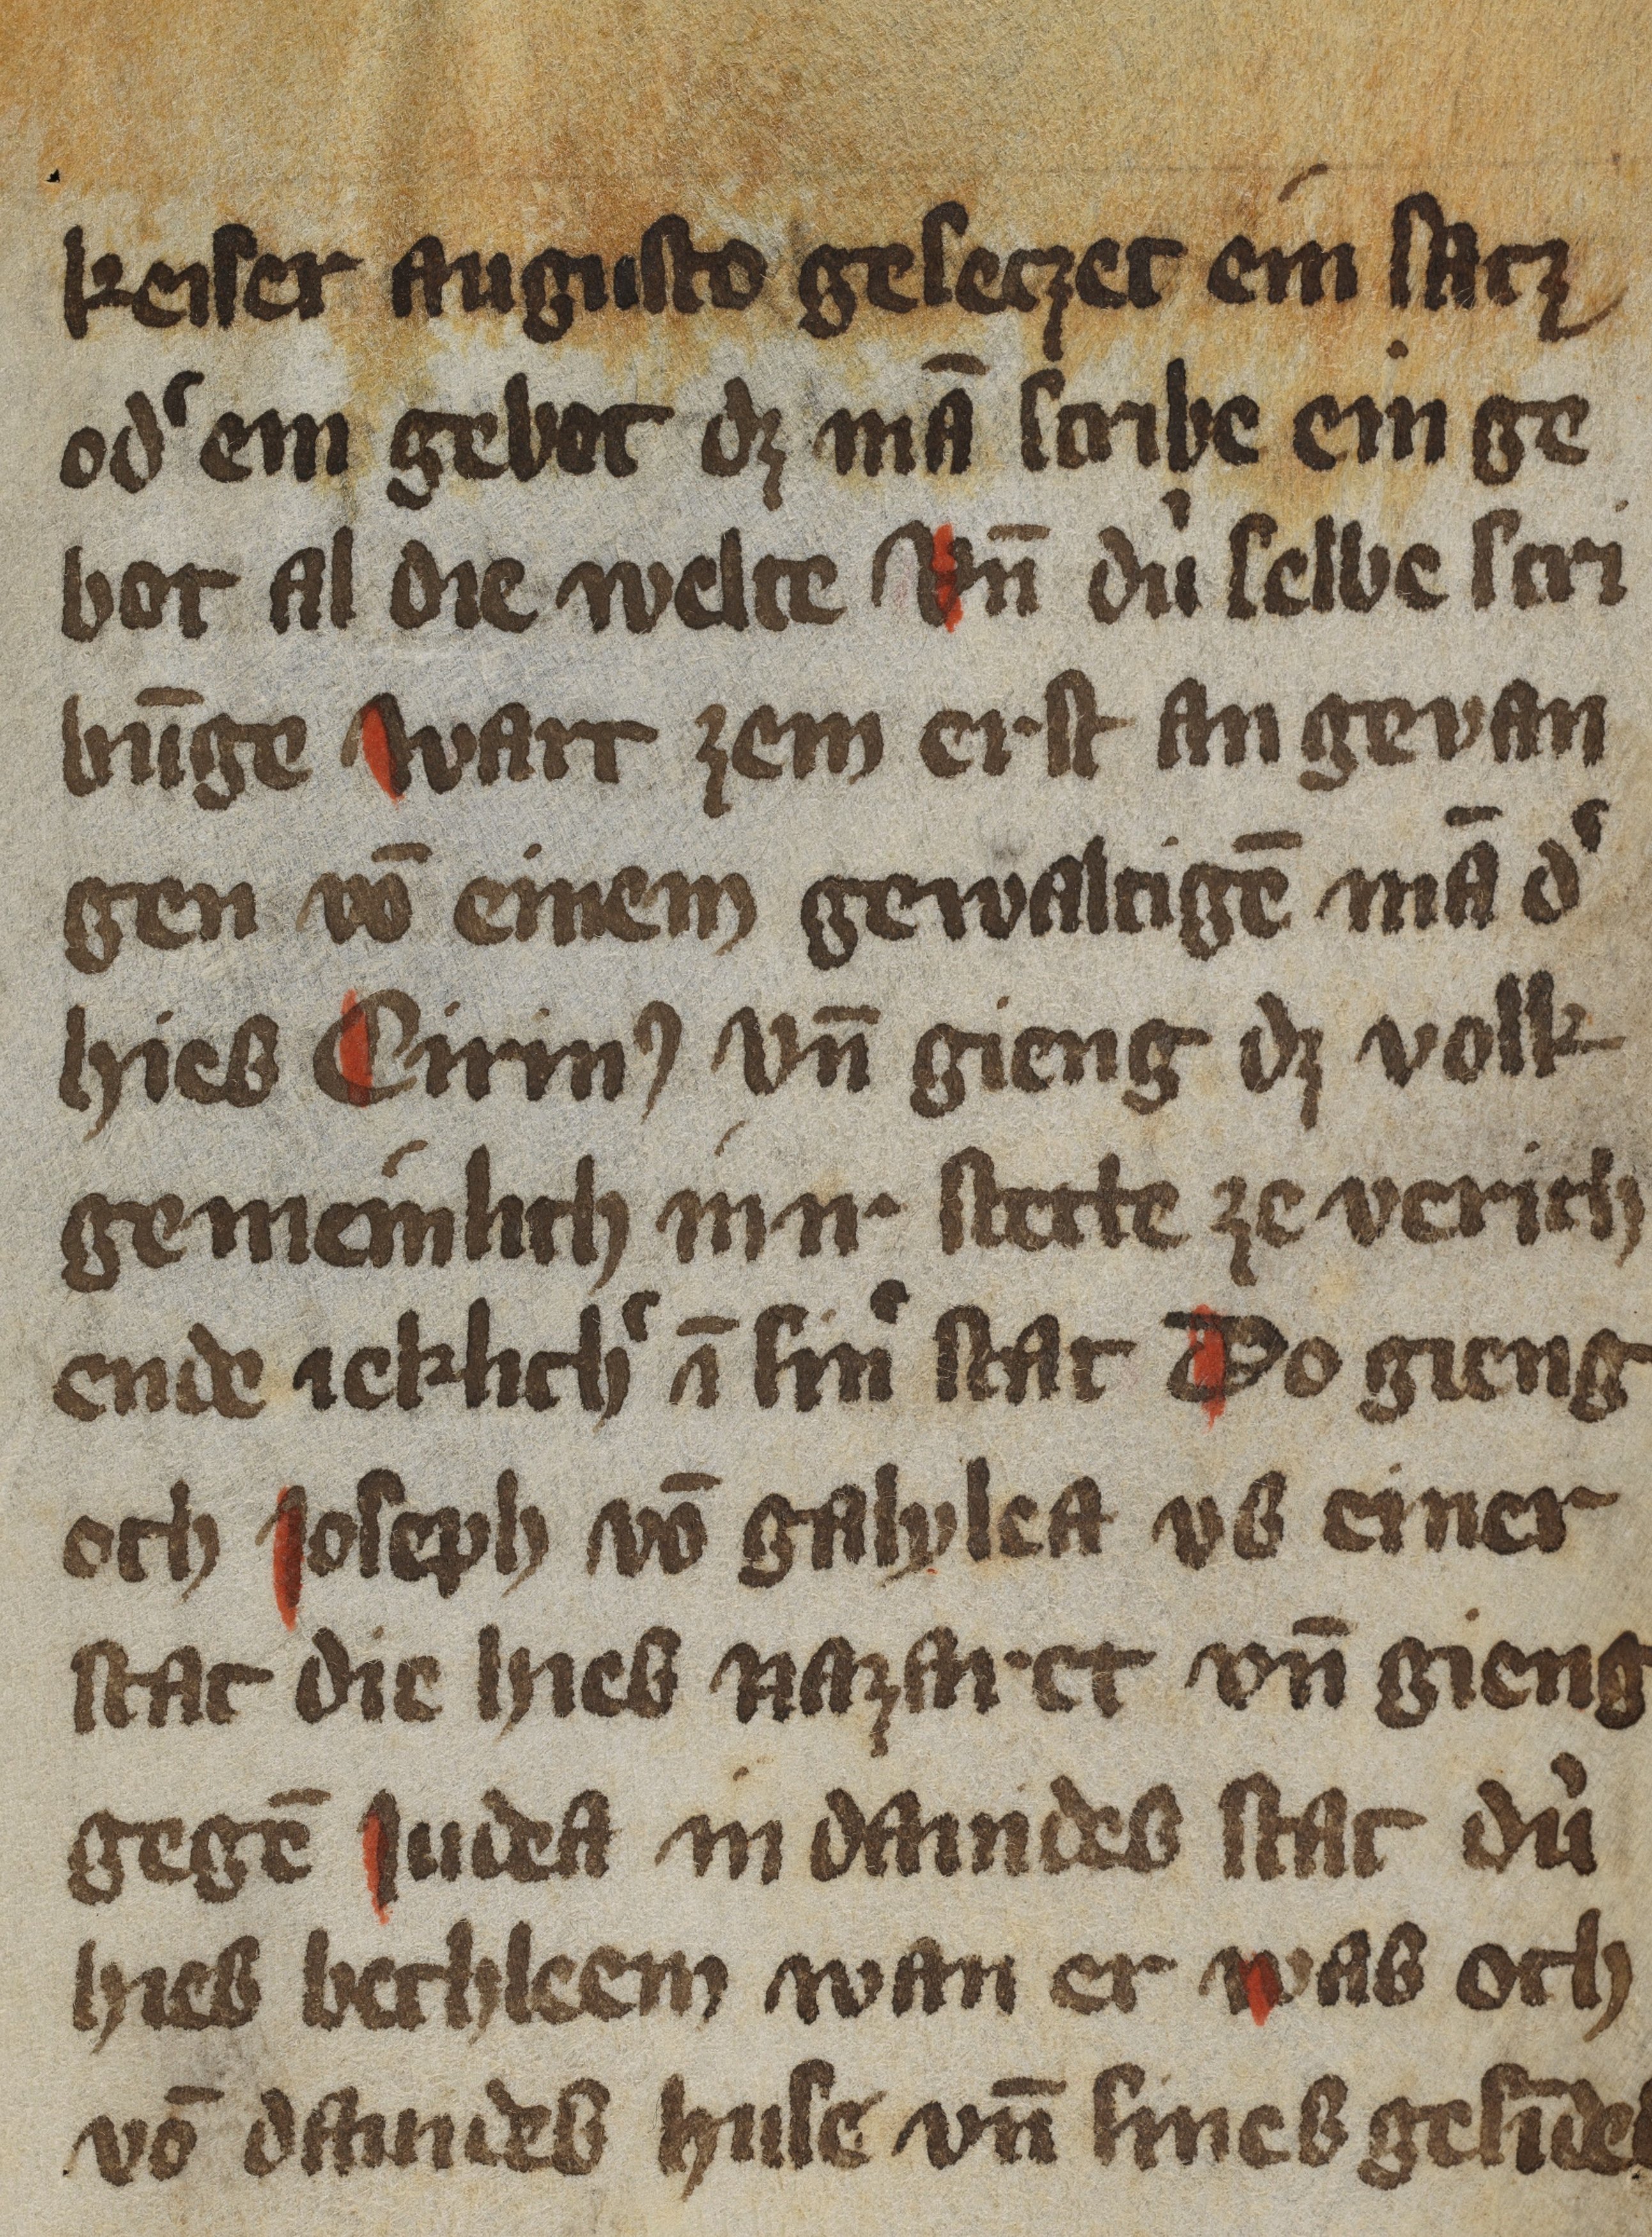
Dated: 1350–1399